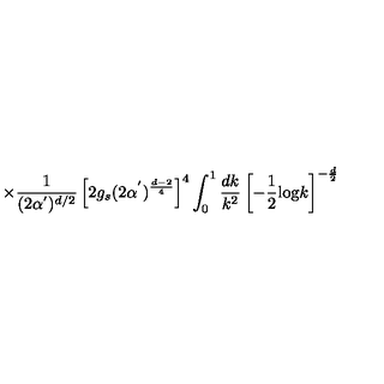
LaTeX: \times \frac { 1 } { ( 2 \alpha ^ { ' } ) ^ { d / 2 } } \left[ 2 g _ { s } ( 2 \alpha ^ { ' } ) ^ { \frac { d - 2 } { 4 } } \right] ^ { 4 } \int _ { 0 } ^ { 1 } \frac { d k } { k ^ { 2 } } \left[ - \frac { 1 } { 2 } \mathrm { l o g } k \right] ^ { - \frac { d } { 2 } }